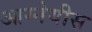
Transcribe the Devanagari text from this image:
आग्‍नेयीस